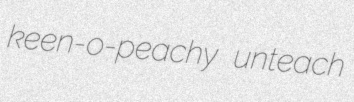
keen-o-peachy unteach